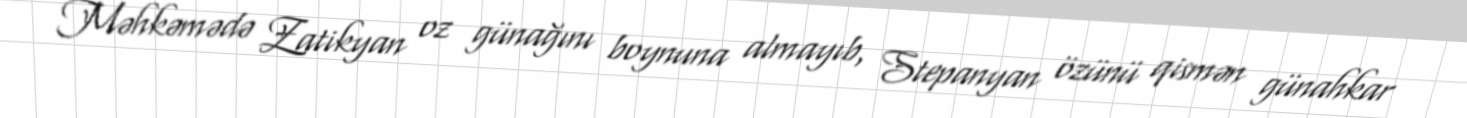
Məhkəmədə Zatikyan oz günağını boynuna almayıb, Stepanyan özünü qismən günahkar